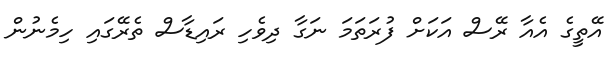
އޭތީގެ އެއާ ރޭސް އަކަށް ފުރަތަމަ ނަގާ ދިވެހި ރައިޑާސް ތެރޭގައި ހިމެނުން